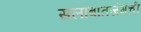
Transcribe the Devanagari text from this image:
सलाबातजंगची